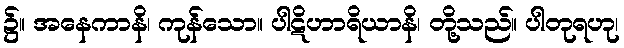
၌။ အနေကာနိ၊ ကုန်သော။ ပါဋိဟာရိယာနိ၊ တို့သည်။ ပါတုရဟု၊